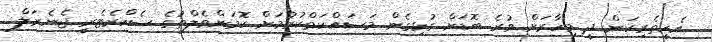
އެހީތެރިކަން ދީ މިހާރަށް ވުރެ ބޮޑަށް ގުޅިގެން މަސައްކަތްކުރުމަށް ކޮމަންވެލްތުގެ ސެކްރެޓެރީ ޖެނެރަލް